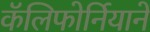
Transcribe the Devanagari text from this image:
कॅलिफोर्नियाने